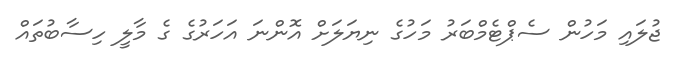
ޖުލައި މަހުން ސެޕްޓެމްބަރު މަހުގެ ނިޔަލަށް އޮންނަ އަހަރުގެ ގެ މާލީ ހިސާބުތައް